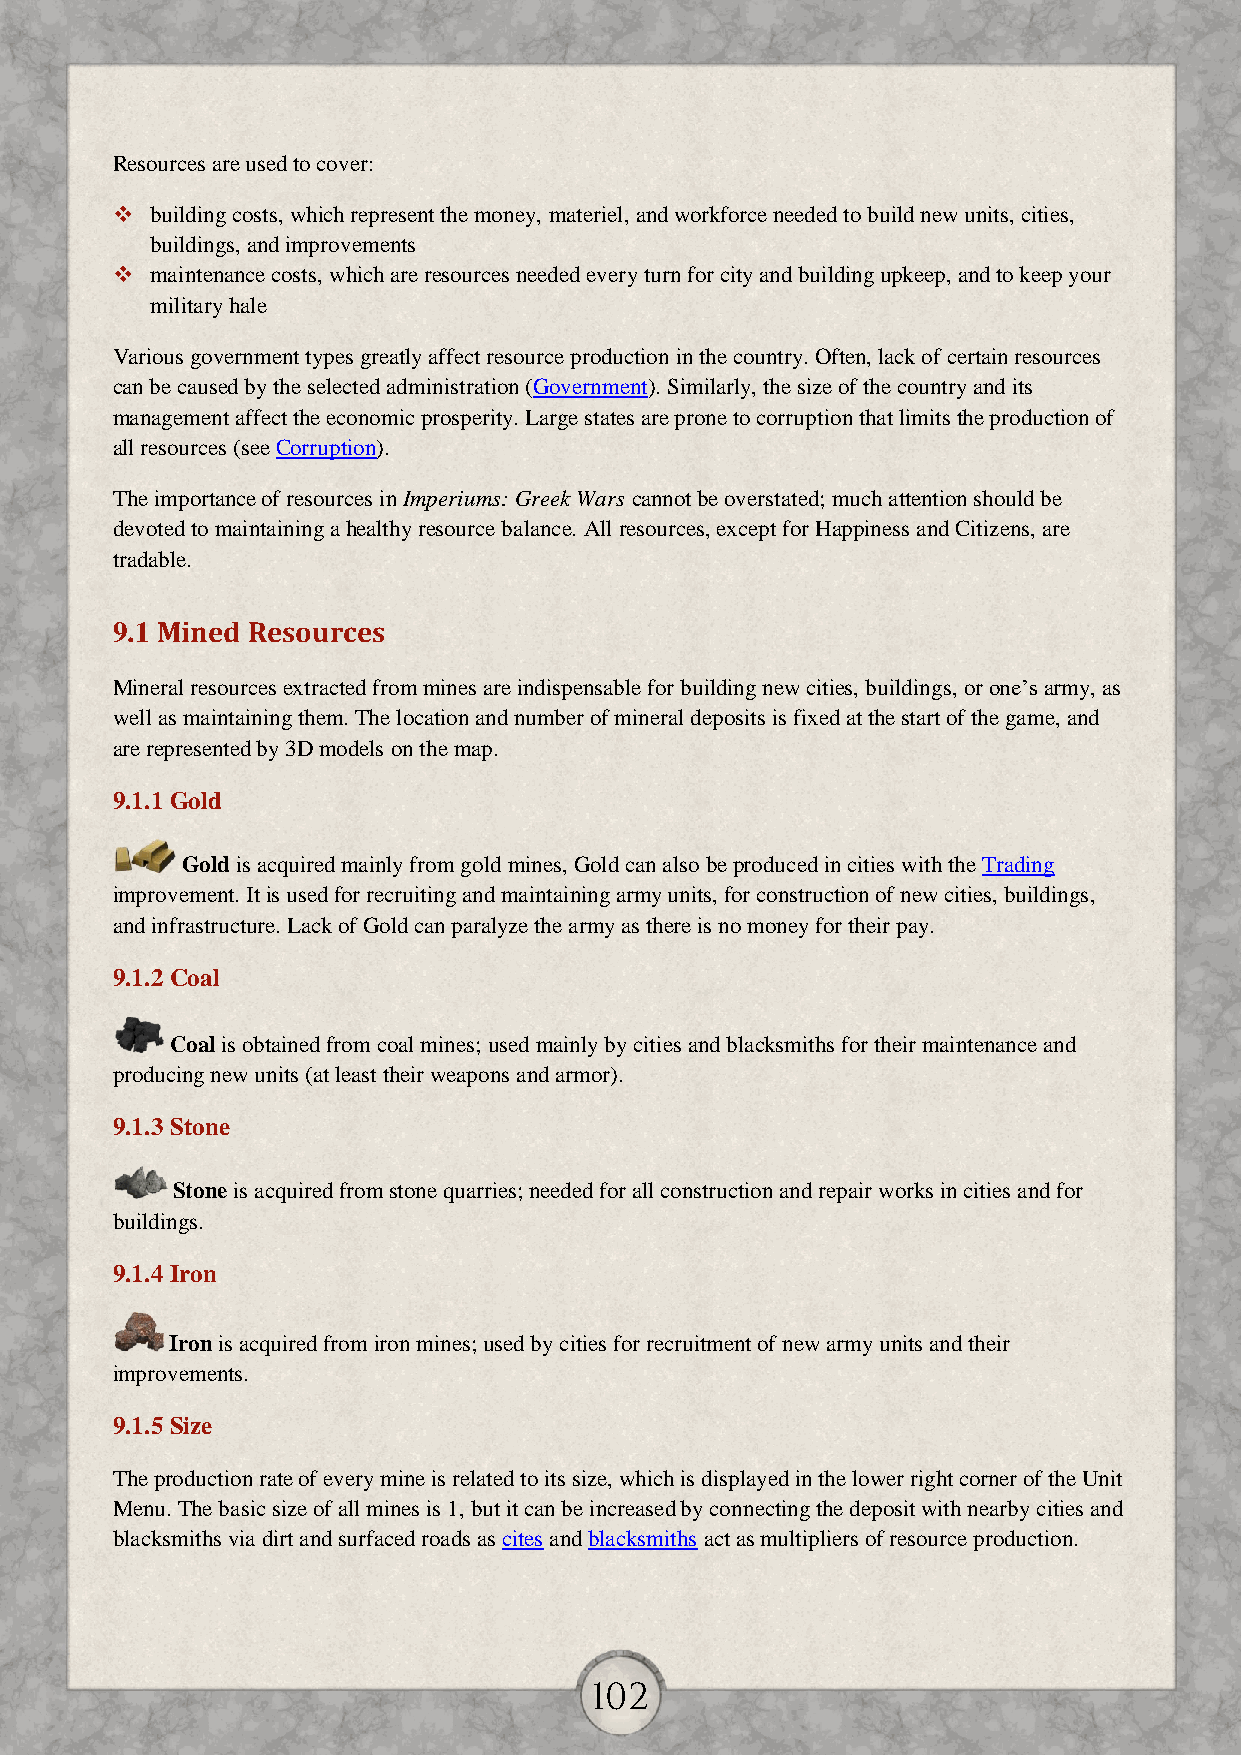
Resources are used to cover:
   building costs, which represent the money, materiel, and workforce needed to build new units, cities,
 buildings, and improvements
   maintenance costs, which are resources needed every turn for city and building upkeep, and to keep your
 military hale
 Various government types greatly affect resource production in the country. Often, lack of certain resources
 can be caused by the selected administration (Government). Similarly, the size of the country and its
 management affect the economic prosperity. Large states are prone to corruption that limits the production of
 all resources (see Corruption).
 The importance of resources in Imperiums: Greek Wars cannot be overstated; much attention should be
 devoted to maintaining a healthy resource balance. All resources, except for Happiness and Citizens, are
 tradable.
 9.1 Mined Resources
 Mineral resources extracted from mines are indispensable for building new cities, buildings, or one’s army, as
 well as maintaining them. The location and number of mineral deposits is fixed at the start of the game, and
 are represented by 3D models on the map.
 9.1.1 Gold
 Gold is acquired mainly from gold mines, Gold can also be produced in cities with the Trading
 improvement. It is used for recruiting and maintaining army units, for construction of new cities, buildings,
 and infrastructure. Lack of Gold can paralyze the army as there is no money for their pay.
 9.1.2 Coal
 Coal is obtained from coal mines; used mainly by cities and blacksmiths for their maintenance and
 producing new units (at least their weapons and armor).
 9.1.3 Stone
 Stone is acquired from stone quarries; needed for all construction and repair works in cities and for
 buildings.
 9.1.4 Iron
 Iron is acquired from iron mines; used by cities for recruitment of new army units and their
 improvements.
 9.1.5 Size
 The production rate of every mine is related to its size, which is displayed in the lower right corner of the Unit
 Menu. The basic size of all mines is 1, but it can be increased by connecting the deposit with nearby cities and
 blacksmiths via dirt and surfaced roads as cites and blacksmiths act as multipliers of resource production.
 102